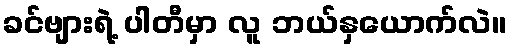
ခင်ဗျားရဲ့ ပါတီမှာ လူ ဘယ်နှယောက်လဲ။